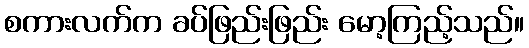
စကားလက်က ခပ်ဖြည်းဖြည်း မော့ကြည့်သည်။